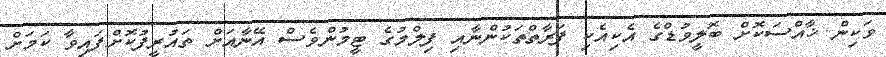
ވަކިން ޚާއްސަކޮށް ބޮލީވުޑްގެ އެކިއެކި ފަރާތްތަކުންނާއި ފިލްމުގެ ޓީމުންވެސް އޭނާއަށް ތައުރީފުކޮށްފައިވާ ކަމަށް